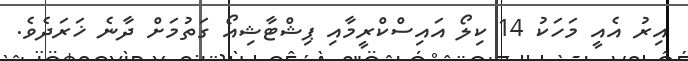
އިރު އެއީ މަހަކު 14 ކިލޯ އައިސްކްރީމާއި ޕިޝްޓާޝިއޯ ގަތުމަށް ދާނެ ޚަރަދެވެ.